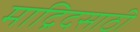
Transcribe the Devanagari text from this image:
माद्रिदसाठी